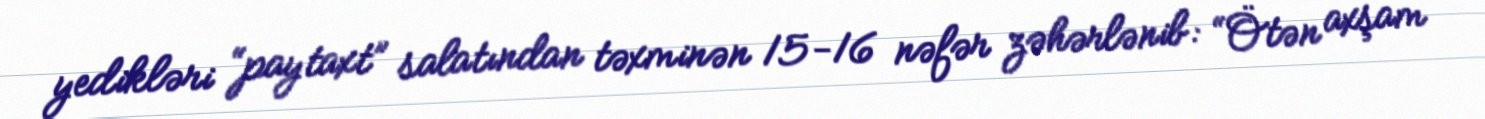
yedikləri “paytaxt” salatından təxminən 15-16 nəfər zəhərlənib: “Ötən axşam